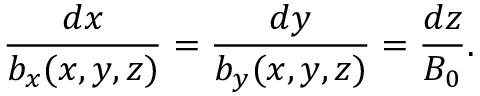
\frac { d x } { b _ { x } ( x , y , z ) } = \frac { d y } { b _ { y } ( x , y , z ) } = \frac { d z } { B _ { 0 } } .